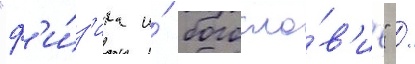
"ф'и́з'ика и́ богосло́в'ие" /